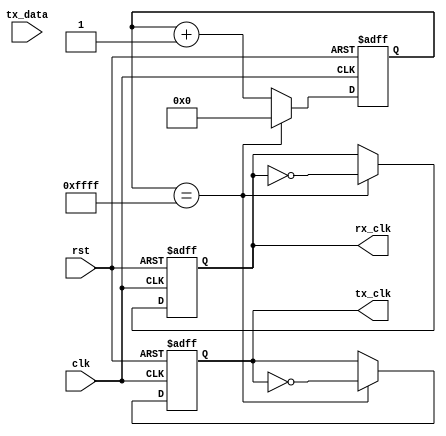
module UART_Timing_Control_Sync (
    input wire rst,
    input wire clk,
    input wire tx_data,
    output reg tx_clk,
    output reg rx_clk
);

reg [15:0] baud_counter;

always @(posedge clk or posedge rst) begin
    if (rst) begin
        baud_counter <= 16'h0000;
        tx_clk <= 1'b0;
        rx_clk <= 1'b0;
    end else begin
        if (baud_counter == 16'hFFFF) begin
            baud_counter <= 16'h0000;
            tx_clk <= ~tx_clk;
            rx_clk <= ~rx_clk;
        end else begin
            baud_counter <= baud_counter + 1;
        end
    end
end

endmodule